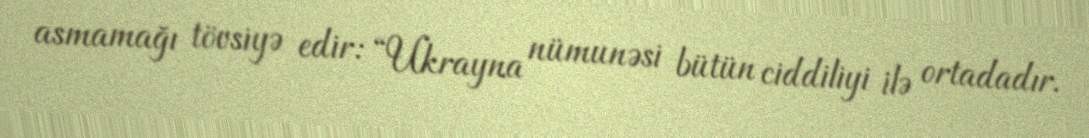
asmamağı tövsiyə edir: “Ukrayna nümunəsi bütün ciddiliyi ilə ortadadır.